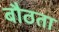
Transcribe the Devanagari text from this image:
बौठता